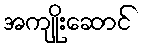
အကျိုးဆောင်